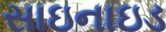
સાઇનાઇડ